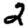
Digit: 2